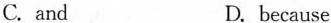
C.and D.because